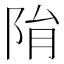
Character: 𨹆